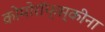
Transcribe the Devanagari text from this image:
कोमोरॉफ्स्कीना